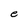
Character: e